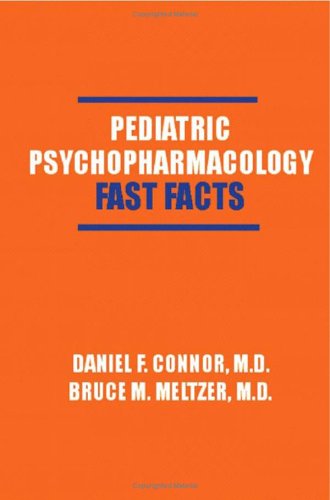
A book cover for Pediatric Psychopharmacology: Fast Facts (Fast Facts); Daniel F. Connor; Medical Books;